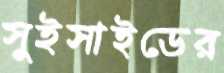
সুইসাইডের